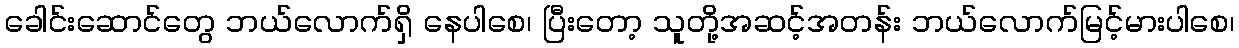
ခေါင်းဆောင်တွေ ဘယ်လောက်ရှိ နေပါစေ၊ ပြီးတော့ သူတို့အဆင့်အတန်း ဘယ်လောက်မြင့်မားပါစေ၊